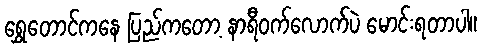
ရွှေတောင်ကနေ ပြည်ကတော့ နာရီဝက်လောက်ပဲ မောင်းရတာပါ။